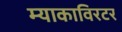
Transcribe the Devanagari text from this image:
म्याकाविरटर